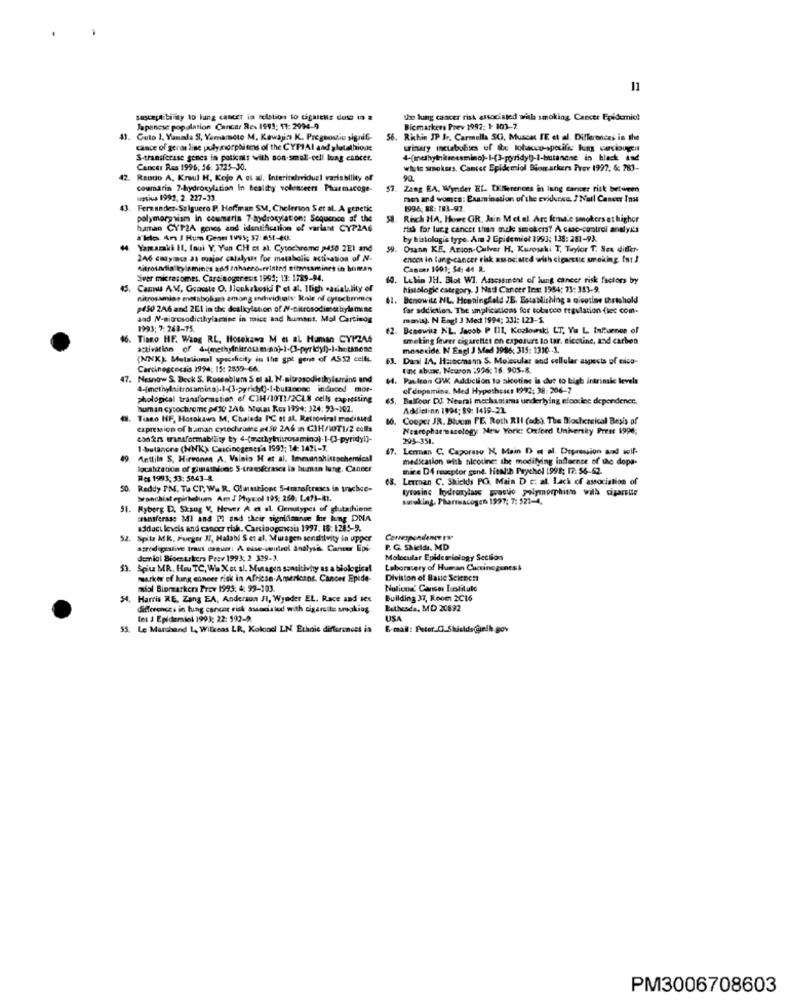
11
susceptibility to lung cancer in relation to cigarette dos 19 !
the lung cancer risk associated with smoking Cancer Epidemio?
Japanese population Cancer Res 1993; 11: 2994-9
Bicmarkers Prev 1992: 1- 101-2
41. Cuto 1. Yanada S. Yamamoto M. Kawajin K. Preguouio signif-
56. Richin JP Jr. Carmella SC, Muscat IE et al. Differences in the
cance of geras line polymorphisms of the CYPIAI and glutathiode
S-transferase genes in patients with non-small-cell lung enncer.
Cancer Res 1996; 36: 3725-30.
whuts smokers. Cancer Epidemiol Biomarkers Prev 1997; & 781-
42.
Rando A. Kraul H. Koje A es al. Interinairriduci variability of
coumarin 7-hydroxylation In healthy volunteers Pharmacoge-
57
Zang EA. Wymder EL. Differences in lung cancer risk between
ustiu 1992. 2. 227-33
men and women: Examination of the cvidurse. ? Nail Cancer Inst
43
Fernandez-Salguero P. Hoffman SM, Chelerion $et al. A genetic
1996- 88: 183-97
polymorphism in coumarin 7-hydroxylation: Sequence af the
Rich HA. Howe OR, Juin Metal. Arc female smokers at highor
haman CYP2A gones and identification of variant CYP246
fish for lung cancer then make smokers? A caac-control andlyk's
aldo. Arı J Hum Gene 1995; 57: 651-40.
by histologis type. Am 3 Epidemiol 1993: 138: 281-93.
Yamazaki 11. [aui Y, Yan CH et al. Cytochrome p450 2E) and
59.
Osann KE. Arion-Culver H. Kurosaki T, Taylor T. Sex differ-
246 cmaymca as major catalyst for metabolis activation of N.
ences in long-cancer risk associated with cigarette smoking Int !
sitroundia kylemince add thhaceo-erinted simmsamines in buman
Cancer 1003: 54: 44 R.
Sver miresomes. Careinogerens 1994; 13: 1389-94.
64.
Lelin JH. Blot WI. Assessment of lung cancer risk factors by
Cama AV. Goaste O. Ilonkakosld P et al. Ilich wariatality of
histologie category. J Nad Cancer Ins: 1954: 73: 353-9.
nitrosamine metabolism among endividumis Role of cytochmmes
Benowitz NL. Henningfeld JE. Establishing a nicotine thrtshold
p450 2A6 and 2E1 in the dealkylator of M-nitrosodimethylamine
far addiction. The implications for tobacco regulation (set com-
and N-nitrosodicthylamine in mice and humans, Mol Carcinog
manisj. N Engl J Med 1994; 331: 123-5.
1993; 7: 263-75.
(2. Danewitz NL. Jacob P III, Kozlowski LT, Ya L Influence of
. Tiano HF. Wang RL, Hosekawa M et al Haman CYIZAS
smoking fever cigarettes on exposure to tar. nicotine, and carbon
activation of 4-[methylniraum ao)-1-(3-pyridyf)-I-hintanone
monoxide. N Engl J Med 1986; 315: 1310 -1.
(NNK): Metalurul specshcity in the gpl gent of AS12 cells.
Das JA, Hanemann S. Molecular and cellular aspects of cico-
Carsinegcecsis 1994; 15: 2859-66.
tac abuxc. Nouson :996; 16. 905-8.
47.
Nesnow S. Beck S. Rosenblum S el al, N-nitrosodiciholemins and
14. Paulsen QW. Addiction to akotinc is due to bigh intrinsic levels
of dopamine. Med Hypotheses 1992: 38: 206-7
phological transformation of CIH/1011/2CLS cells capressing
45,
Balfour DU. Newral mechastama underlying elcorine dependener.
human cytochrome p410 246. Mutas Ros 1994: 324; 93-102.
Addielinn 1994: 89: 1419-22
Tiano HF, Hosokawa M, Chalada PC et al, Retroviral mocisud
Cooper JR. Bloom FE, Roth RII (ods), The Blochersical Basis of
expression of human cytochrome p450 2A6 in C3H/1071/2 calls
Nearepharmacology New York: Oxford University Press 1996;
293-351.
1-butancre (NNK) Cascinogener's 1991; 14: 1421-7.
47.
Lerman C. Caporaso N. Main D et al. Depression and wolf.
Anttila S. Hirvonen A. Vainis H et al. Immanshistochemical
medication wish nicotine: the modifying influence of the dops-
localization of glutathions 5-transfrasca in human lung. Cancer
mice D4 receptor gene. Health Prychel 1998: 17: 56-62.
Res 1993: 53: 5643-8.
68. Leurnan C. Shields PC. Main D c: al. Lack of association of
50.
Reddy PM. Ta CT. We R. Olanationc 5-tmanoftrases in trachee-
tyrosine hydroxylase practio polymorphism with cigarette
wwanchiat epithelium Am J Physcol 195: 260: La?3-RI.
suoking. Pharmacogen 1997: 7: 521-4,
51. Ryberg D. Skaug V. Hover A et al. Genutypes of glutathione
seferase MI and Pl and their significance Ine hung DNA
addacı leveis and cancer risk. Carcinogenesis 1997. 18: 1285-9.
Spitz MK, Fueger IT, Halabi S et al. Muragen sensivity in upper
Correspondence EN
sarodigestive tract esquer: A muse-sentral Analysis. Cancer Epi-
F. G. Sakcids. MD
demiol Blocurkers Prev 1993, 2 339-3.
Molecular Epidemiology Section
53. Spiuz MR, Hou TC, We Xet al. Mutagen sensitivity as a biological
Laborasery of Human Cucuincgenes&
marker ef lung cancer risk in African-Americans, Cancer Epide-
Division of Basic Scienen
miol Biomarker Prov 1995: 4. 99-103.
Nufind' Cancer Institute
54. Harris RE. Zang EA, Anderson JI, Wynder EL. Race and tex
Building 37, Room 2C16
differences in lung cancer risk associated with cigarette smoking.
Bethesda, MD 20892
(nt J Epidemiol 1993; 22: 592-2
USA
53. Le Marchand 1, Wilkeas LR, Kolood LN. Ethnic differences is
E-mail: Peter.C.Shields@nih.gov
PM3006708603